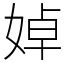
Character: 婥